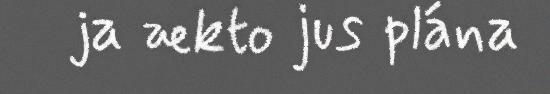
ja ækto jus plána